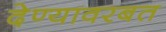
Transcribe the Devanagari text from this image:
देण्यावरबत